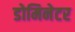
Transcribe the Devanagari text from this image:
डोमिनेटर